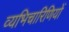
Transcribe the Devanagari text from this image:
व्यभिचारिणियों